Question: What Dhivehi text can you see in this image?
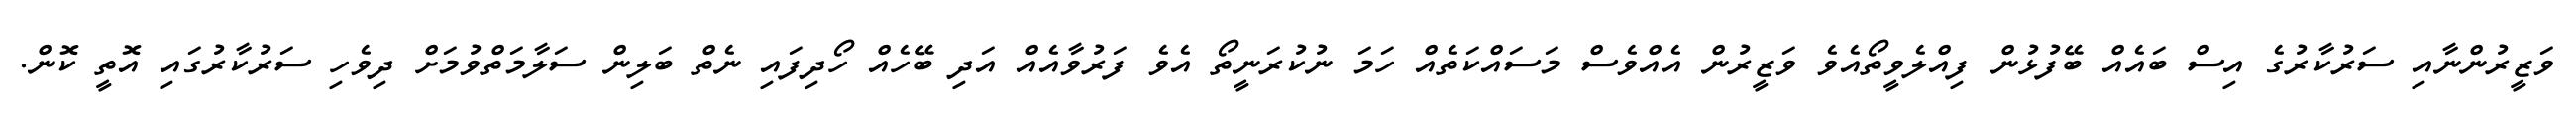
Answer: ވަޒީރުންނާއި ސަރުކާރުގެ އިސް ބައެއް ބޭފުޅުން ފިއްލެވީތޯއެވެ ވަޒީރުން އެއްވެސް މަސައްކަތެއް ހަމަ ނުކުރަނީތޯ އެވެ ފަރުވާއެއް އަދި ބޭހެއް ހޯދިފައި ނެތް ބަލިން ސަލާމަތްވުމަށް ދިވެހި ސަރުކާރުގައި އޮތީ ކޮން.